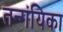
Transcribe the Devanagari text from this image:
तन्गंयिका